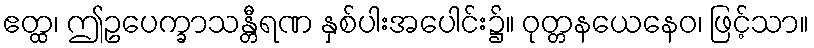
ဧတ္ထ၊ ဤဥပေက္ခာသန္တီရဏ နှစ်ပါးအပေါင်း၌။ ဝုတ္တနယေနေဝ၊ ဖြင့်သာ။